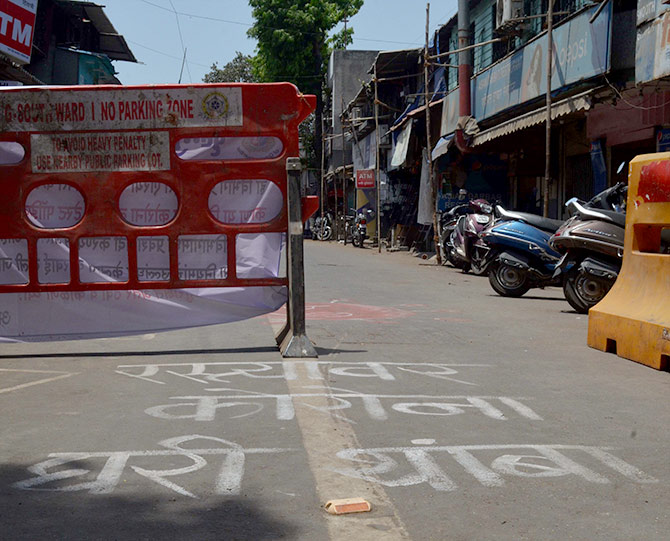
Language: marathi
Transcription: रस्त्यावर कोरोना घरी थांबा